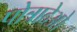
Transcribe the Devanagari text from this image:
पोत्रादेओ